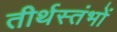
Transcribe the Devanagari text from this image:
तीर्थस्तंभों